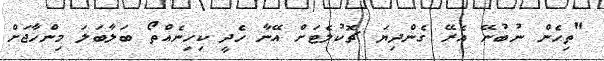
"ތިހެން ނުބުނޭ އެރޭ ގެންދިޔަ ޗޮކުލެޓަށް އޭނާ ހެދީ ކިހިނެއްތޯ ބަލާބަލަ މިންހާޖަށް